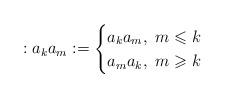
LaTeX: \begin{align*}:a_k a_m: =\begin{cases}a_k a_m,~ m \leqslant k\\a_m a_k,~ m \geqslant k\end{cases}\end{align*}